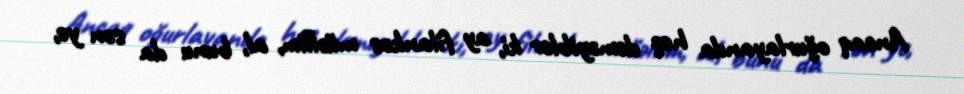
Ancaq oğurlayanda heç deməyiblər ki, ay filankəs müəllim, al, bunu da sən ye,